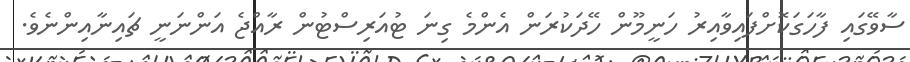
ސާވޭގައި ފާހަގަކޮށްފައިވާއިރު ހަނީމޫން ހޭދަކުރަން އެންމެ ގިނަ ޓުއަރިސްޓުން ރާއްޖެ އަންނަނީ ޗައިނާއިންނެވެ.